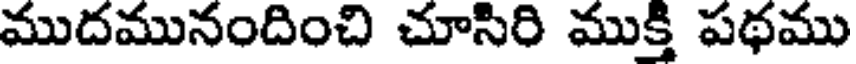
ముదమునందించి చూసిరి ముక్తి పథము